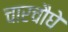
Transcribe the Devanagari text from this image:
चारचौघे